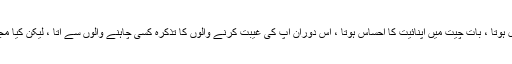
کئی بار مولانا کے ساتھ رہنے کا موقعہ ملا،بڑا بے تکلفانہ ماحول ہوتا ، بات چیت میں اپنائیت کا احساس ہوتا ، اس دوران آپ کی غیبت کرنے والوں کا تذکرہ کسی چاہنے والوں سے آتا ، لیکن کیا مجال تھی جو کبھی آپ کی زبان حرف شکایت سے داغدار ہو جائے۔